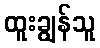
ထူးချွန်သူ